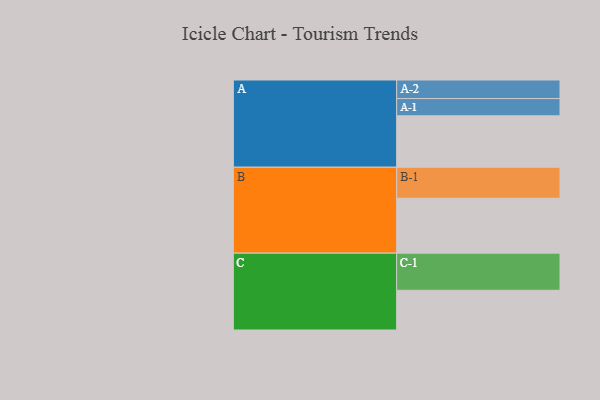
{"axis": {"x": "Segment", "y": "Value"}, "legend": ["", "A", "B", "C"], "data": [{"x": "A", "y": 396, "type": ""}, {"x": "B", "y": 423, "type": ""}, {"x": "C", "y": 306, "type": ""}, {"x": "A-1", "y": 133, "type": "A"}, {"x": "A-2", "y": 143, "type": "A"}, {"x": "B-1", "y": 239, "type": "B"}, {"x": "C-1", "y": 286, "type": "C"}]}